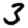
Digit: 3